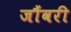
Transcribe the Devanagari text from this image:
जौंवरी